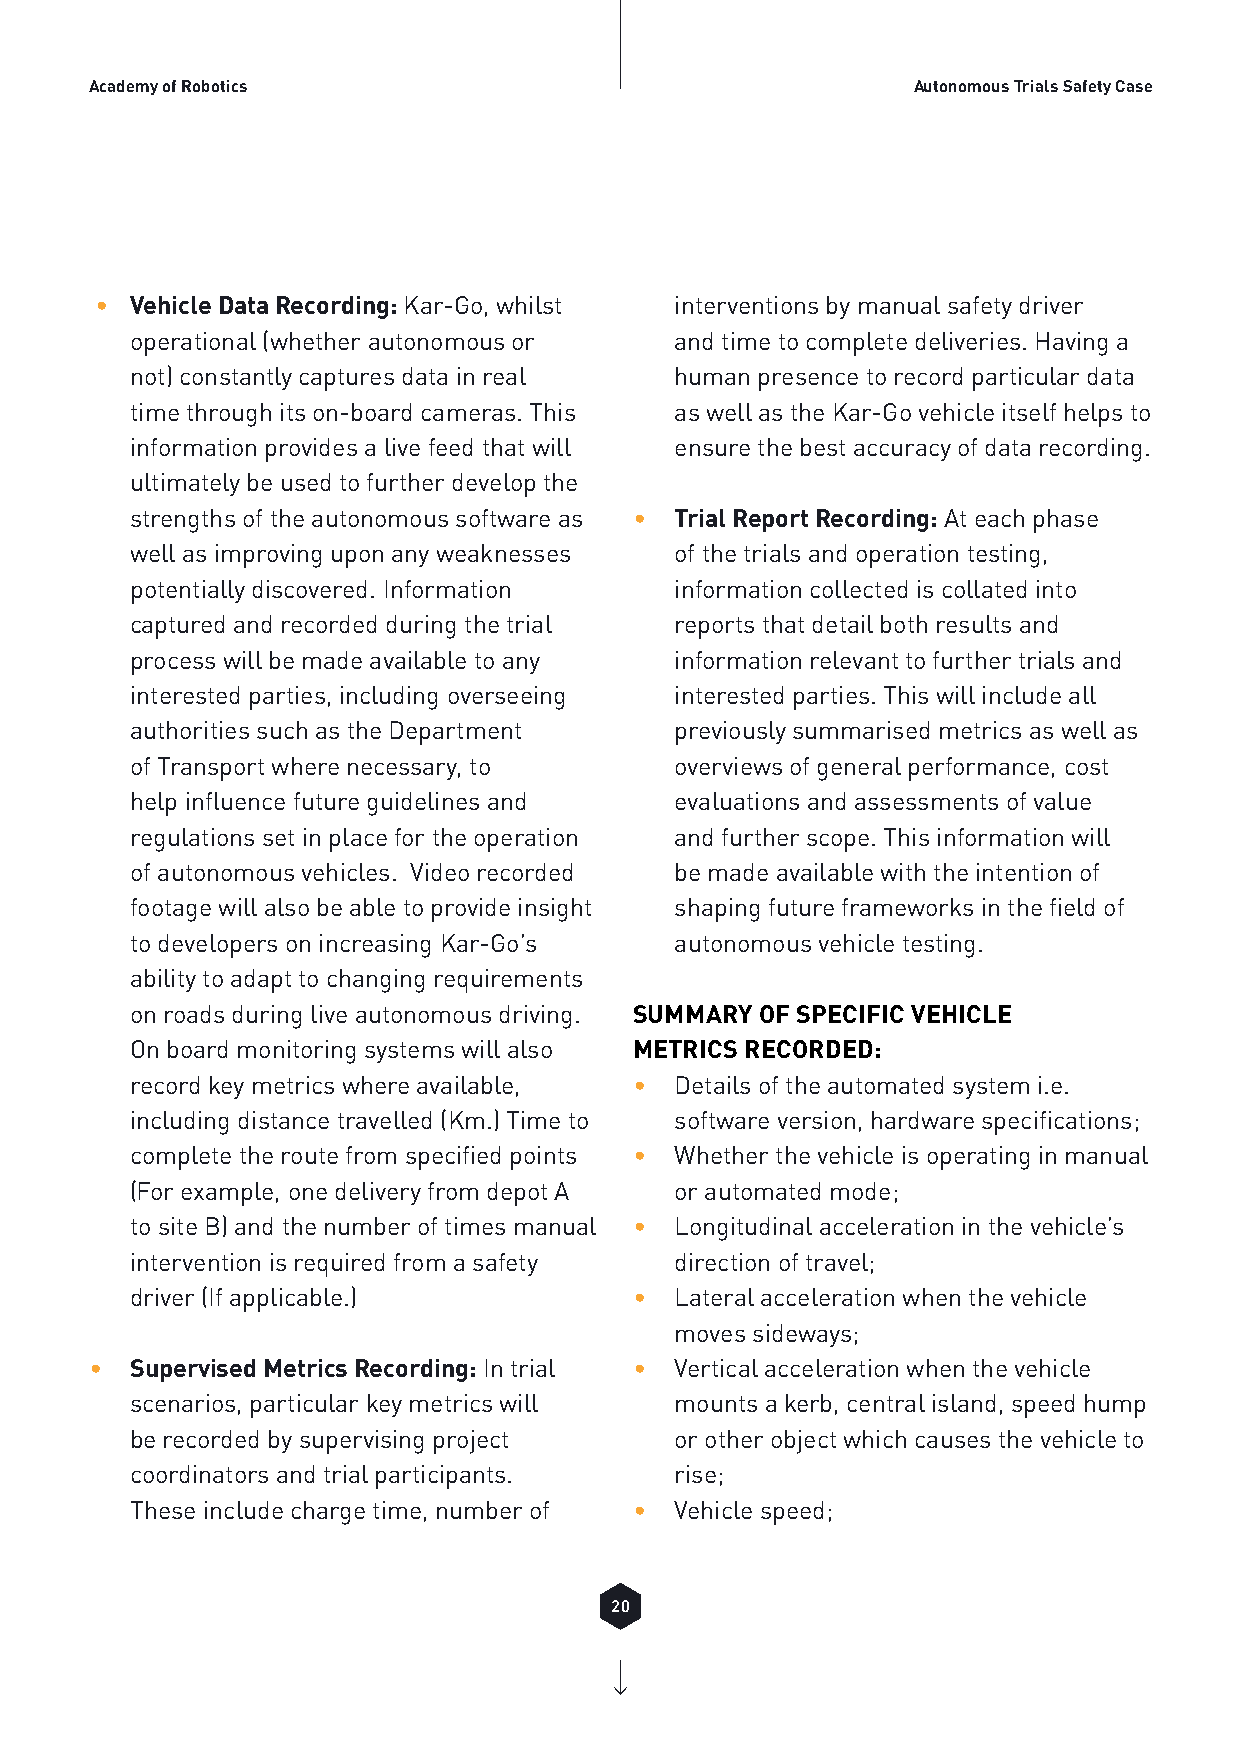
Academy of Robotics                                   Autonomous Trials Safety Case
 •  Vehicle Data Recording: Kar-Go, whilst interventions by manual safety driver
 operational (whether autonomous or  and time to complete deliveries. Having a
 not) constantly captures data in real human presence to record particular data
 time through its on-board cameras. This as well as the Kar-Go vehicle itself helps to
 information provides a live feed that will ensure the best accuracy of data recording.
 ultimately be used to further develop the
 strengths of the autonomous software as • Trial Report Recording: At each phase
 well as improving upon any weaknesses of the trials and operation testing,
 potentially discovered. Information information collected is collated into
 captured and recorded during the trial reports that detail both results and
 process will be made available to any information relevant to further trials and
 interested parties, including overseeing interested parties. This will include all
 authorities such as the Department  previously summarised metrics as well as
 of Transport where necessary, to    overviews of general performance, cost
 help influence future guidelines and evaluations and assessments of value
 regulations set in place for the operation and further scope. This information will
 of autonomous vehicles. Video recorded be made available with the intention of
 footage will also be able to provide insight shaping future frameworks in the field of
 to developers on increasing Kar-Go’s autonomous vehicle testing.
 ability to adapt to changing requirements
 on roads during live autonomous driving. SUMMARY OF SPECIFIC VEHICLE
 On board monitoring systems will also METRICS RECORDED:
 record key metrics where available, • Details of the automated system i.e.
 including distance travelled (Km.) Time to software version, hardware specifications;
 complete the route from specified points • Whether the vehicle is operating in manual
 (For example, one delivery from depot A or automated mode;
 to site B) and the number of times manual • Longitudinal acceleration in the vehicle’s
 intervention is required from a safety direction of travel;
 driver (If applicable.)          •  Lateral acceleration when the vehicle
 moves sideways;
 •  Supervised Metrics Recording: In trial • Vertical acceleration when the vehicle
 scenarios, particular key metrics will mounts a kerb, central island, speed hump
 be recorded by supervising project  or other object which causes the vehicle to
 coordinators and trial participants. rise;
 These include charge time, number of • Vehicle speed;
 20